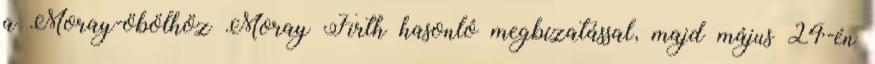
a Moray-öbölhöz Moray Firth hasonló megbízatással, majd május 24-én